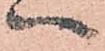
へ